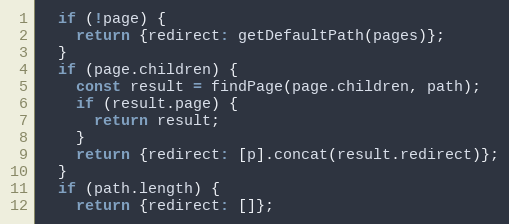
Language: JavaScript
  if (!page) {
    return {redirect: getDefaultPath(pages)};
  }
  if (page.children) {
    const result = findPage(page.children, path);
    if (result.page) {
      return result;
    }
    return {redirect: [p].concat(result.redirect)};
  }
  if (path.length) {
    return {redirect: []};